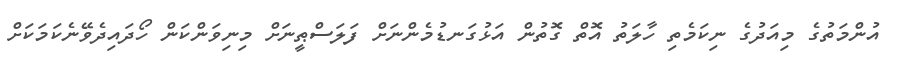
އުންމަތުގެ މިއަދުގެ ނިކަމެތި ހާލަތު އޮތް ގޮތުން އަޅުގަނޑުމެންނަށް ފަލަސްޠީނަށް މިނިވަންކަން ހޯދައިދެވޭނެކަމަކަށް